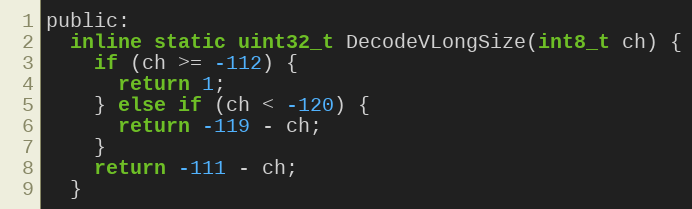
Language: C
public:
  inline static uint32_t DecodeVLongSize(int8_t ch) {
    if (ch >= -112) {
      return 1;
    } else if (ch < -120) {
      return -119 - ch;
    }
    return -111 - ch;
  }